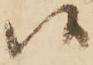
候